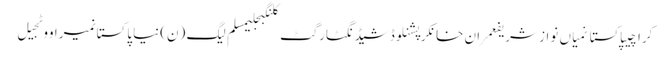
کراچیپاکستانمیاں نواز شریفعمران خانکرپشنلوڈشیڈنگٹارگٹ کلنگبجلیمسلم لیگ (ن)نیا پاکستانمیراووٹجیل